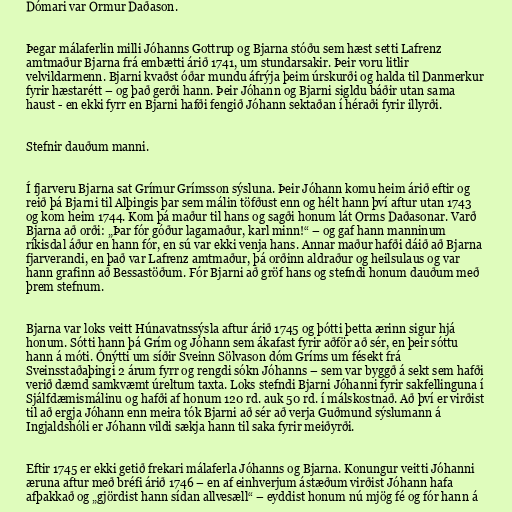
Dómari var Ormur Daðason.

Þegar málaferlin milli Jóhanns Gottrup og Bjarna stóðu sem hæst setti Lafrenz
amtmaður Bjarna frá embætti árið 1741, um stundarsakir. Þeir voru litlir
velvildarmenn. Bjarni kvaðst óðar mundu áfrýja þeim úrskurði og halda til Danmerkur
fyrir hæstarétt – og það gerði hann. Þeir Jóhann og Bjarni sigldu báðir utan sama
haust - en ekki fyrr en Bjarni hafði fengið Jóhann sektaðan í héraði fyrir illyrði.

Stefnir dauðum manni.

Í fjarveru Bjarna sat Grímur Grímsson sýsluna. Þeir Jóhann komu heim árið eftir og
reið þá Bjarni til Alþingis þar sem málin töfðust enn og hélt hann því aftur utan 1743
og kom heim 1744. Kom þá maður til hans og sagði honum lát Orms Daðasonar. Varð
Bjarna að orði: „Þar fór góður lagamaður, karl minn!“ – og gaf hann manninum
ríkisdal áður en hann fór, en sú var ekki venja hans. Annar maður hafði dáið að Bjarna
fjarverandi, en það var Lafrenz amtmaður, þá orðinn aldraður og heilsulaus og var
hann grafinn að Bessastöðum. Fór Bjarni að gröf hans og stefndi honum dauðum með
þrem stefnum.

Bjarna var loks veitt Húnavatnssýsla aftur árið 1745 og þótti þetta ærinn sigur hjá
honum. Sótti hann þá Grím og Jóhann sem ákafast fyrir aðför að sér, en þeir sóttu
hann á móti. Ónýtti um síðir Sveinn Sölvason dóm Gríms um fésekt frá
Sveinsstaðaþingi 2 árum fyrr og rengdi sókn Jóhanns – sem var byggð á sekt sem hafði
verið dæmd samkvæmt úreltum taxta. Loks stefndi Bjarni Jóhanni fyrir sakfellinguna í
Sjálfdæmismálinu og hafði af honum 120 rd. auk 50 rd. í málskostnað. Að því er virðist
til að ergja Jóhann enn meira tók Bjarni að sér að verja Guðmund sýslumann á
Ingjaldshóli er Jóhann vildi sækja hann til saka fyrir meiðyrði.

Eftir 1745 er ekki getið frekari málaferla Jóhanns og Bjarna. Konungur veitti Jóhanni
æruna aftur með bréfi árið 1746 – en af einhverjum ástæðum virðist Jóhann hafa
afþakkað og „gjördist hann sídan allvesæll“ – eyddist honum nú mjög fé og fór hann á